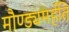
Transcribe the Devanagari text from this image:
मौण्ड्यमर्हति